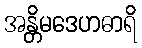
အန္တိမဒေဟဓာရိ